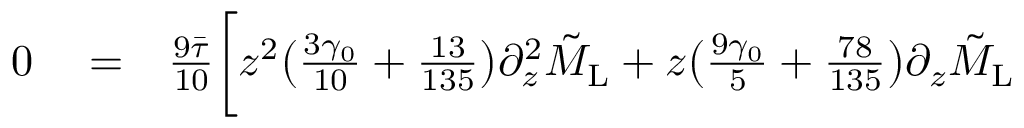
\begin{array} { r l r } { 0 } & { { } = } & { \frac { 9 \Bar { \tau } } { 1 0 } \bigg [ z ^ { 2 } \bigl ( \frac { 3 \gamma _ { 0 } } { 1 0 } + \frac { 1 3 } { 1 3 5 } \bigl ) \partial _ { z } ^ { 2 } \tilde { M } _ { \mathrm { L } } + z \bigl ( \frac { 9 \gamma _ { 0 } } { 5 } + \frac { 7 8 } { 1 3 5 } \bigl ) \partial _ { z } \tilde { M } _ { \mathrm { L } } } \end{array}